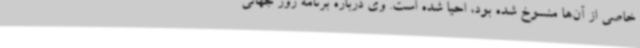
خاصی از آن‌ها منسوخ شده بود، احیا شده است. وی درباره برنامه روز جهانی